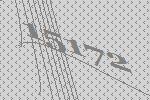
15172